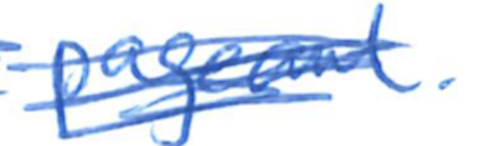
Text: pageant.
Cross-out: scratch
Writing tool: ballpoint